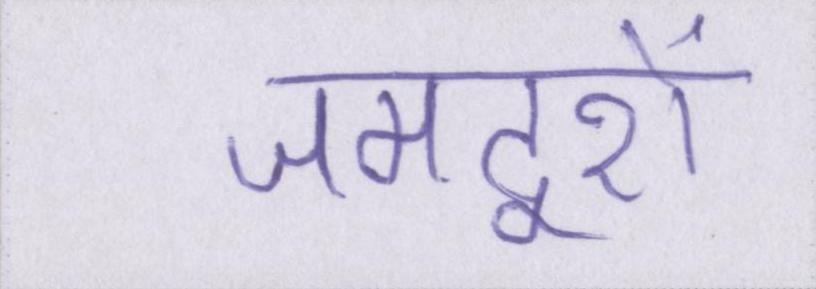
जमदूरों